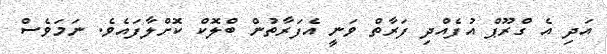
އަދި އެ ގްރޫޕް އުފެއްދި ފަރާތް ވަނީ އެފަރާތުން ބްލޮކް ކޮށްލާފައެވެ. ނަމަވެސް